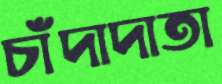
চাঁদাদাতা